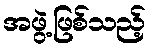
အဖွဲ့ဖြစ်သည့်